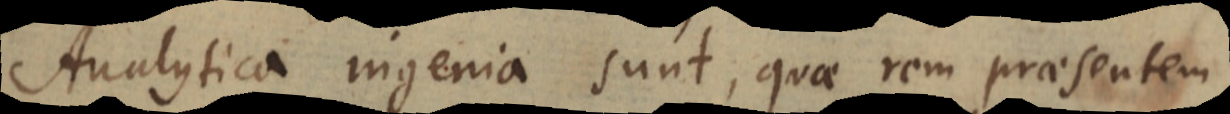
Analytica ingenia sunt, quae rem praesentem